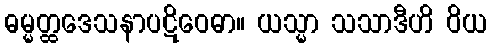
ဓမ္မတ္ထဒေသနာပဋိဝေဓာ။ ယသ္မာ သသာဒီဟိ ဝိယ